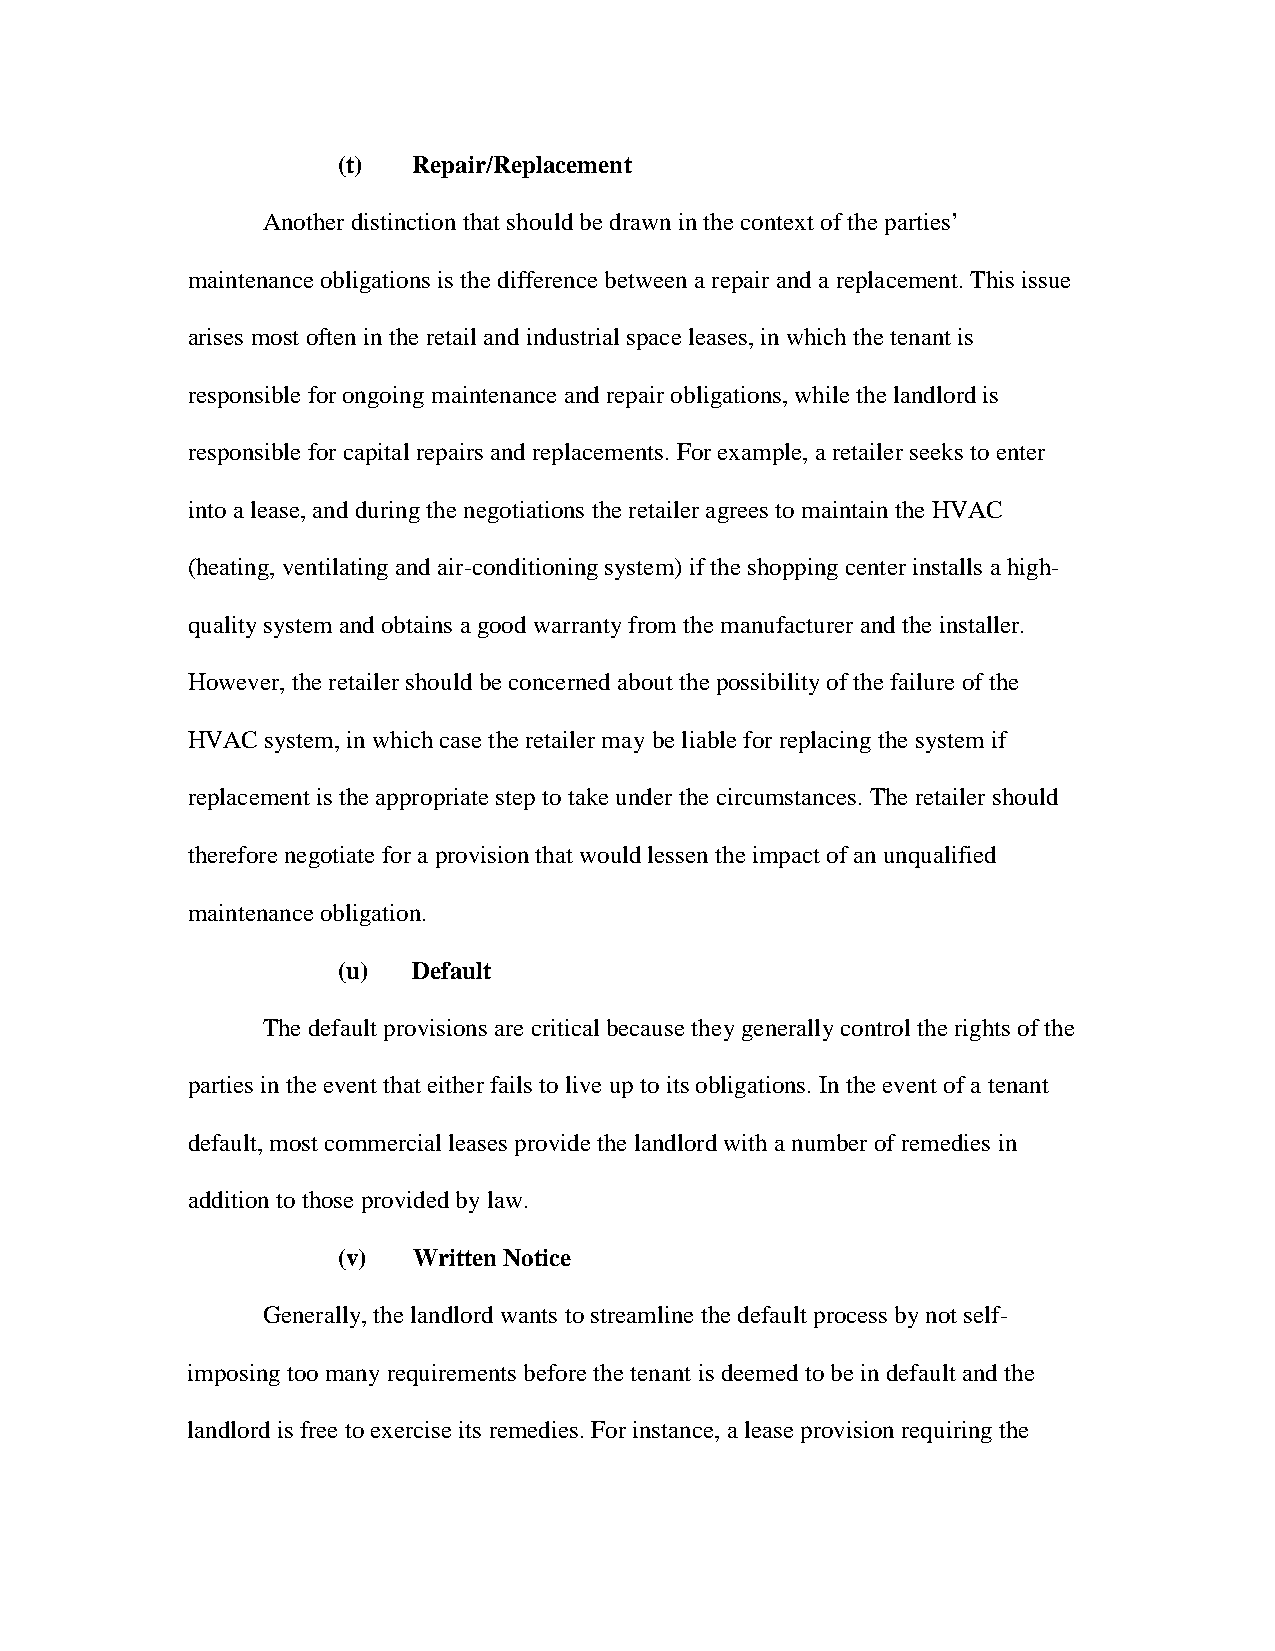
(t)  Repair/Replacement
 Another distinction that should be drawn in the context of the parties’
 maintenance obligations is the difference between a repair and a replacement. This issue
 arises most often in the retail and industrial space leases, in which the tenant is
 responsible for ongoing maintenance and repair obligations, while the landlord is
 responsible for capital repairs and replacements. For example, a retailer seeks to enter
 into a lease, and during the negotiations the retailer agrees to maintain the HVAC
 (heating, ventilating and air-conditioning system) if the shopping center installs a high-
 quality system and obtains a good warranty from the manufacturer and the installer.
 However, the retailer should be concerned about the possibility of the failure of the
 HVAC  system, in which case the retailer may be liable for replacing the system if
 replacement is the appropriate step to take under the circumstances. The retailer should
 therefore negotiate for a provision that would lessen the impact of an unqualified
 maintenance obligation.
 (u)  Default
 The default provisions are critical because they generally control the rights of the
 parties in the event that either fails to live up to its obligations. In the event of a tenant
 default, most commercial leases provide the landlord with a number of remedies in
 addition to those provided by law.
 (v)  Written Notice
 Generally, the landlord wants to streamline the default process by not self-
 imposing too many requirements before the tenant is deemed to be in default and the
 landlord is free to exercise its remedies. For instance, a lease provision requiring the